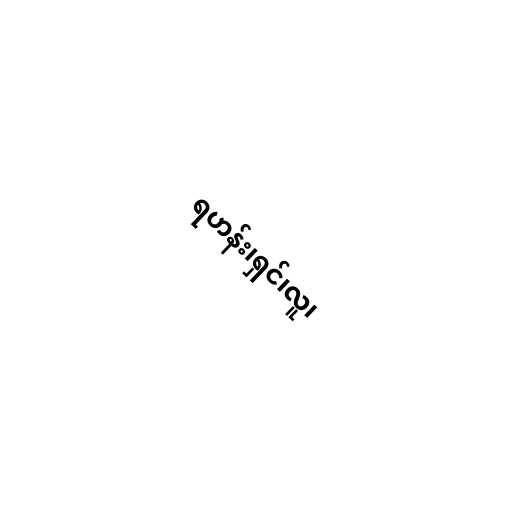
ရဟန်း၊ရှင်၊လူ၊